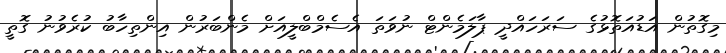
މިގޮތުން އަޑުއަތޮޅުގެ ސަރަހައްދީ ޕާލަމެންޓް ނުވަތަ އެސެމްބްލީއަށް މެންބަރުން އިންތިހާބު ކުރެވުނު ގޮތީ